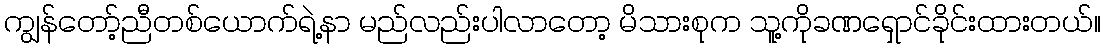
ကျွန်တော့်ညီတစ်ယောက်ရဲ့နာ မည်လည်းပါလာတော့ မိသားစုက သူ့ကိုခဏရှောင်ခိုင်းထားတယ်။